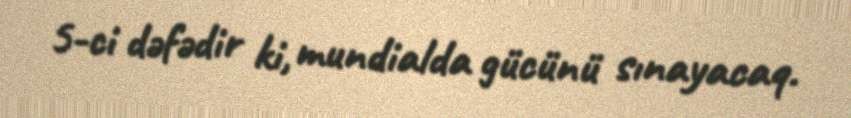
5-ci dəfədir ki, mundialda gücünü sınayacaq.